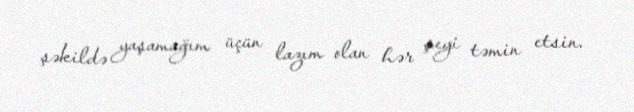
şəkildə yaşamağım üçün lazım olan hər şeyi təmin etsin.